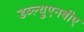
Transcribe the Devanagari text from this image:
डब्ल्युएनबीए